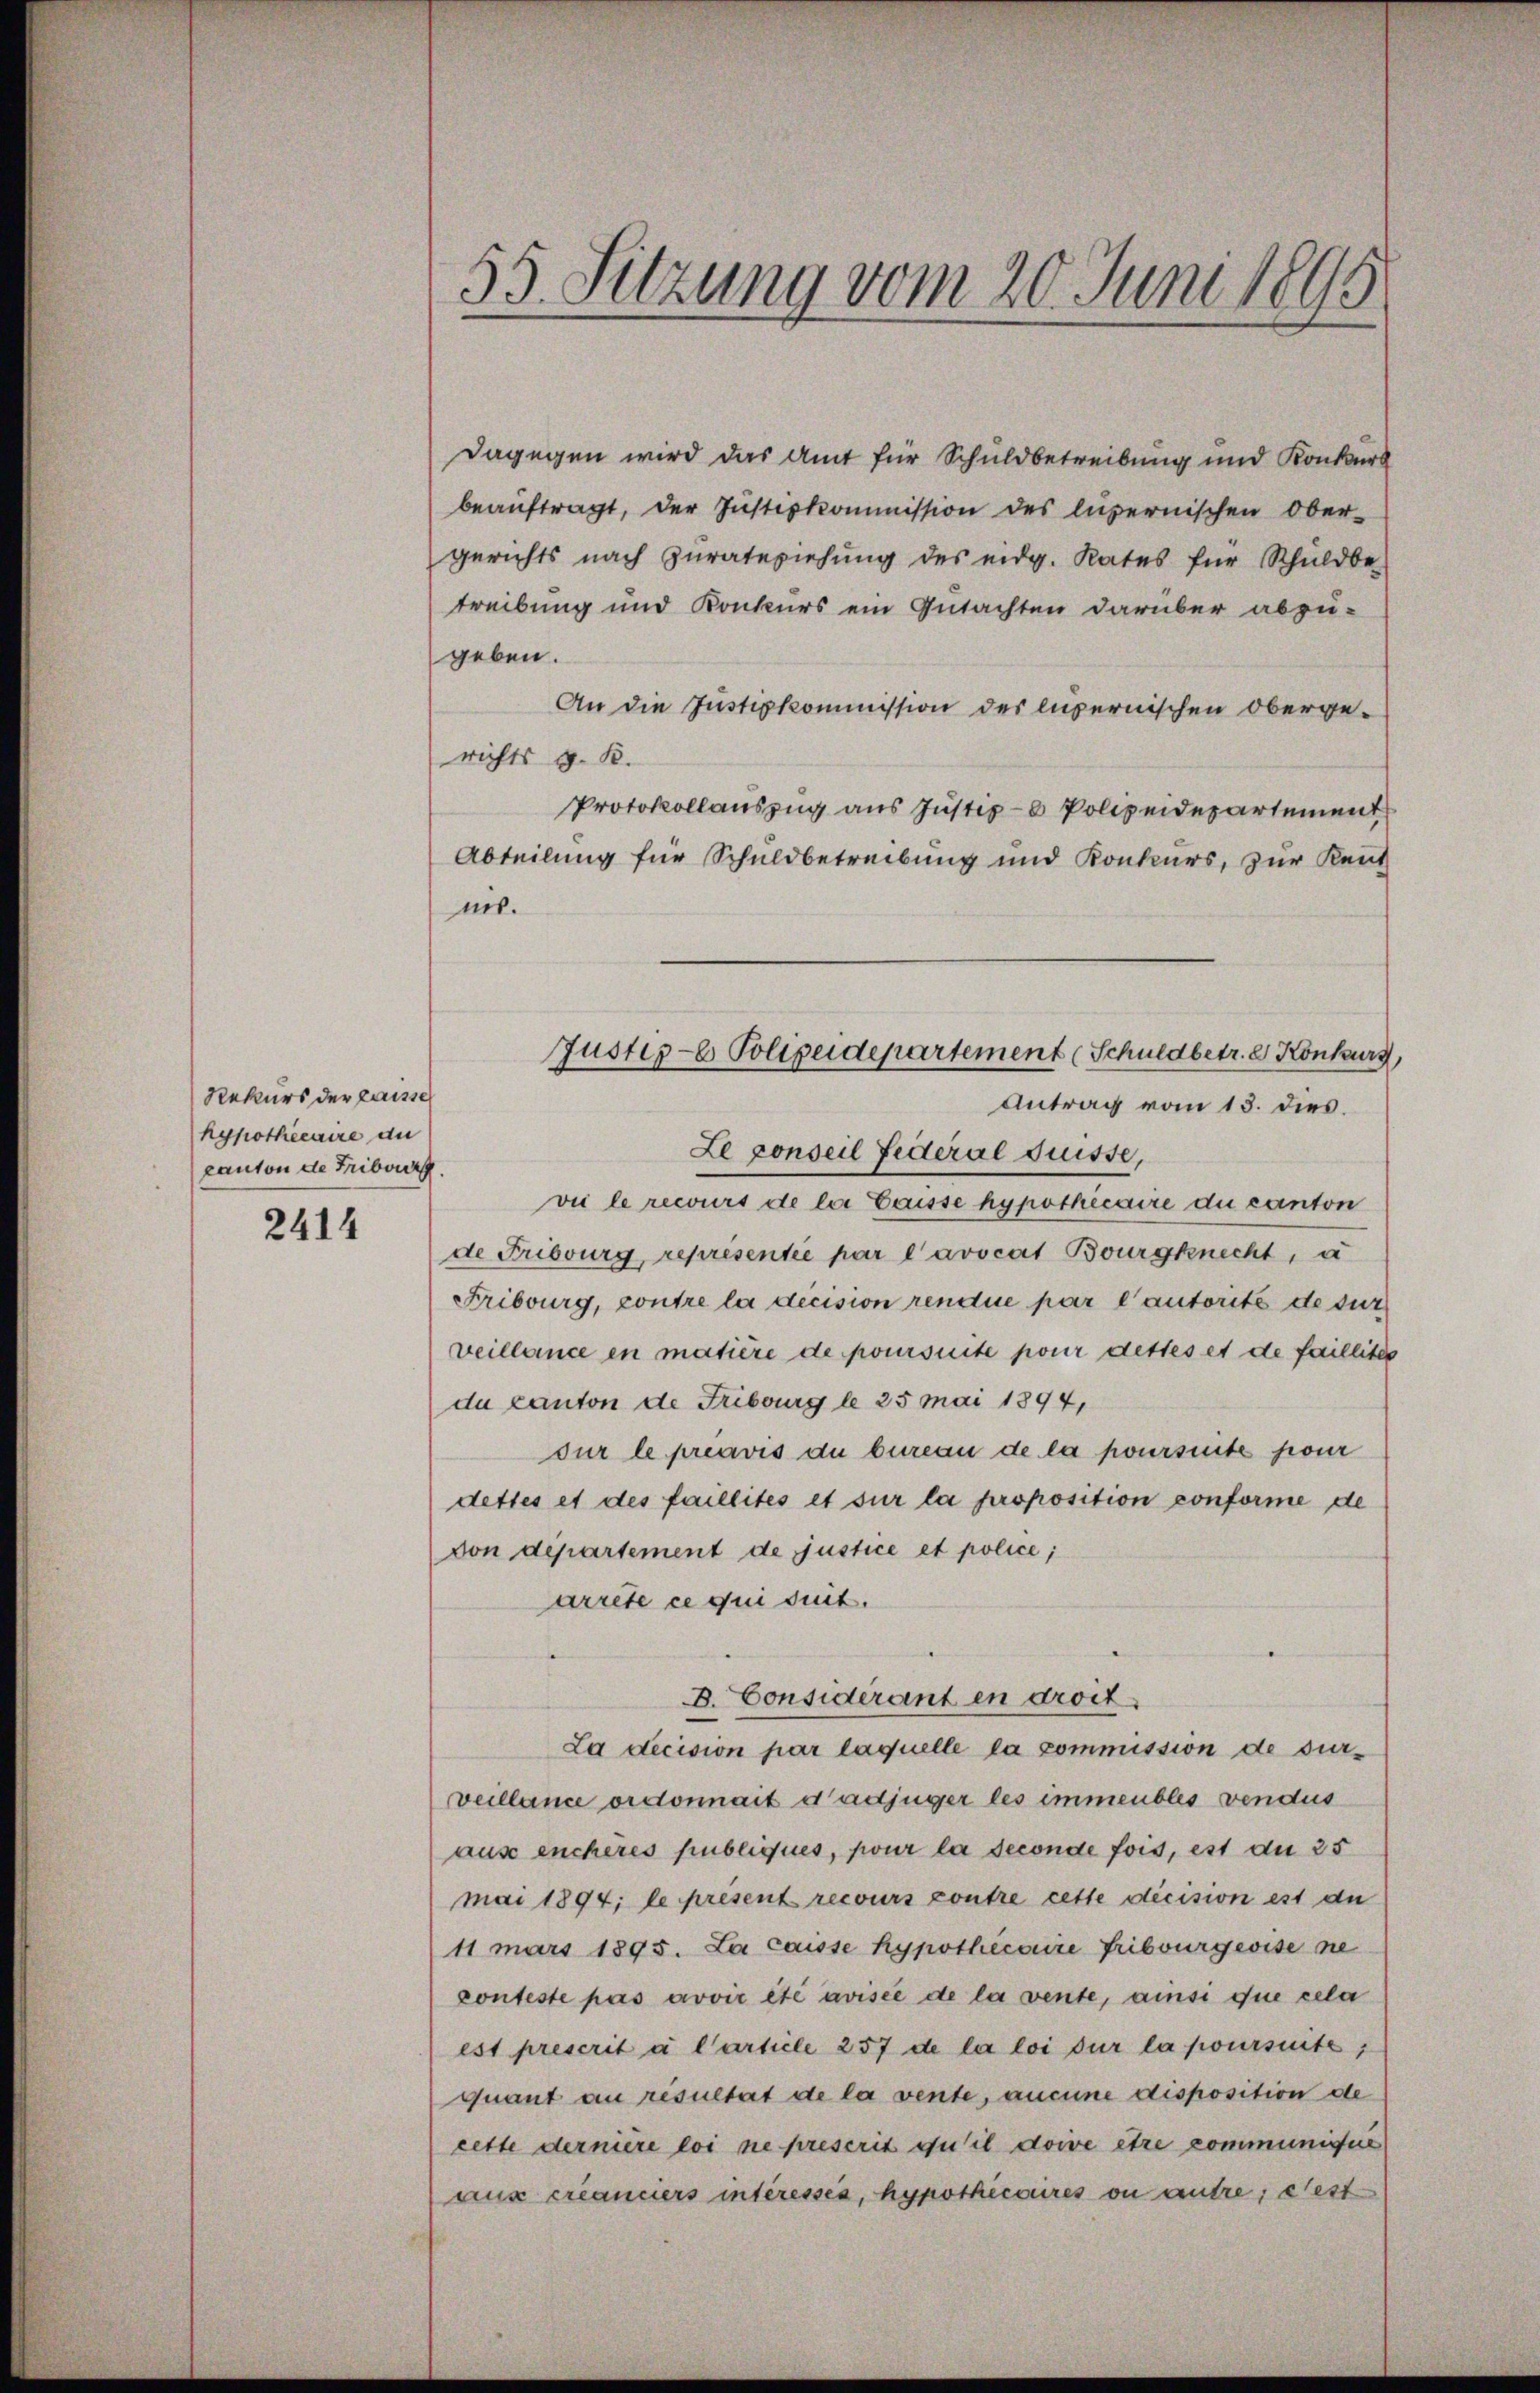
Rekurs der Laisse
hypothécaire an
canton de Fribourg

2414

55. Setzung vom 20. Juni 1895

Dagegen wird das Amt für Schuldbetreibung und Konkurs
beauftragt, der Justizkommission des luzernischen Obergerichts nach Zŭratepiehŭng des eidg. Rates für Schuldbe-
treibung und Konkurs ein Gutachten darüber abzu-
geben.
An die Justizkommission des lupernischen Obergerichts G. K.
Protokollauszug aus Justiz - Polizeidepartement
Abteilung für Schuldbetreibung und Konkurs, zur Kent
nis.
Le conseil Federal Suisse,
vie le recours de lei Gausse hypothécaire du canton
de Fribourg, représentie par l’avocat Bourgknecht, a
Fribourg, contre la décision rendue par l’autorité de sur
veillance en matière de poursuite pour desses et de faillites
da canton de Fribourg le 25 Mai 1894,
sur le préavis du bureau de la poursinte pour
dettes et des faillités et sur la proposition conforme de
von departement de justice et police,
arrete ce qui suit.
D. Considerant en droit.
La decision par laquelle la commission de surveillance ordonnait d’adjüger les immeubles vendus
aus enchères publiques, pour la seconde fois, est du 25
mai 1894; le present recours contre cette decision est du
11 mars 1895. La caisse hypothecaire Fribourgeoise ne
conteste pas avoir été avisée de la vente, ainsi que cela
est prescrit à l’article 257 de la loi sur la poursuite,
quant an resultat de la vente, aucune disposition de
cette dernière loi ne prescrit qu’il doive être communisie
aux créanciers intéressés, hypothécaires ou autre; eest

Justiz- Polizeidepartement (Schuldbetr. e Konkurs
Antrag vom 13. dies.